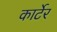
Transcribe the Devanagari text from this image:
कार्टेर